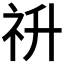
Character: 𥘥